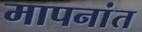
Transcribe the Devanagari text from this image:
मापनांत